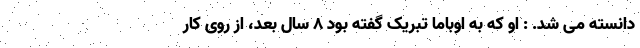
دانسته می شد. : او که به اوباما تبریک گفته بود 8 سال بعد، از روی کار